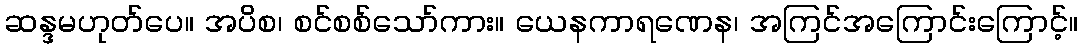
ဆန္ဒမဟုတ်ပေ။ အပိစ၊ စင်စစ်သော်ကား။ ယေနကာရဏေန၊ အကြင်အကြောင်းကြောင့်။